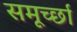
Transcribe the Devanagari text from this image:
समूर्च्छा